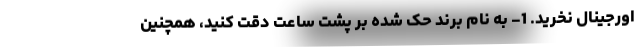
اورجینال نخرید. 1- به نام برند حک شده بر پشت ساعت دقت کنید، همچنین